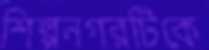
শিল্পনগরটিকে